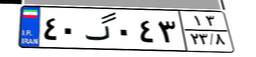
۴۰گ۰۴۳۱۳